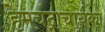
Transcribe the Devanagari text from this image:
हेमचंद्राचार्यका